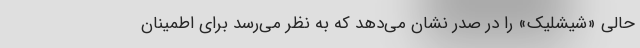
حالی «شیشلیک» را در صدر نشان می‌دهد که به نظر می‌رسد برای اطمینان